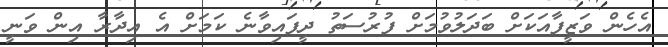
އެހެން ވަޒީފާއަކަށް ބަދަލުވުމަށް ފުރުސަތު ދީފައިވާނެ ކަމަށް އެ އިދާރާ އިން ވަނީ